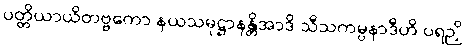
ပတ္တိယာယိတဗ္ဗကော နယသမုဋ္ဌာနန္တိအာဒိ သီသကမ္ပနာဒီဟိ ပရဉှိ